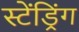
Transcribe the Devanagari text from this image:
स्टेंड्रिंग